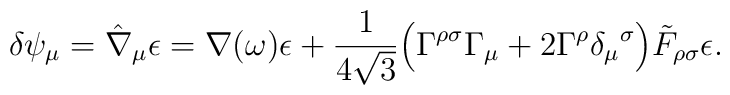
\delta\psi_{\mu } = \hat\nabla_\mu\epsilon= \nabla (\omega) \epsilon +{1 \over4\sqrt 3 }\Bigl(\Gamma^{\rho \sigma} \Gamma_\mu +2  \Gamma^\rho \delta_\mu{}^ \sigma\Bigr)\tilde F_{\rho \sigma }\epsilon.